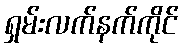
ရှမ်းလက်နက်ကိုင်